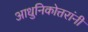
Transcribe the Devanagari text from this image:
आधुनिकोत्तरांनी